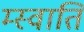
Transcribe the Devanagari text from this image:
म्स्वाति